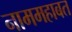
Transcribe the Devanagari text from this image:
नाममहाबत